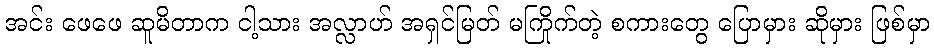
အင်း ဖေဖေ ဆူမိတာက ငါ့သား အလ္လာဟ် အရှင်မြတ် မကြိုက်တဲ့ စကားတွေ ပြောမှား ဆိုမှား ဖြစ်မှာ